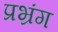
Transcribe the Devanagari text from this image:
प्रभ्रंग